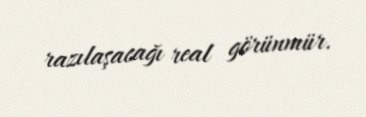
razılaşacağı real görünmür.